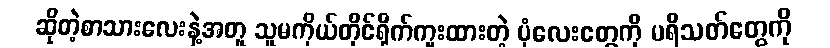
ဆိုတဲ့စာသားလေးနဲ့အတူ သူမကိုယ်တိုင်ရိုက်ကူးထားတဲ့ ပုံလေးတွေကို ပရိသတ်တွေကို